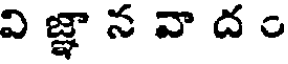
వి జ్ఞా న వా ద ం